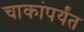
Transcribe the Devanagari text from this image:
चाकांपर्यंत